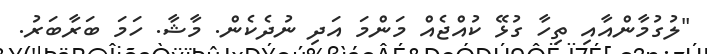
"ލުގުމާންއާއި ތިހާ ގުޅޭ ކުއްޖެއް މަންމަ އަދި ނުދެކެން. މާޝާ. ހަމަ ބަރާބަރު.